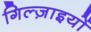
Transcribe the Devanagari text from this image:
गिल्ज़ाइयों